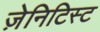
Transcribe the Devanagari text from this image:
ज़ेनिटिस्ट